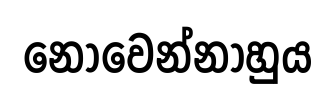
නොවෙන්නාහුය